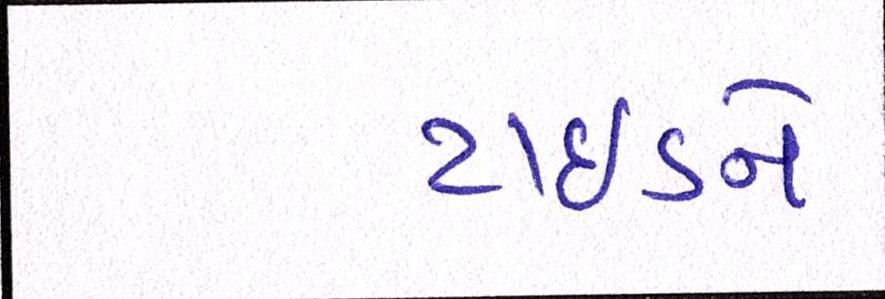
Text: ટાઈડને